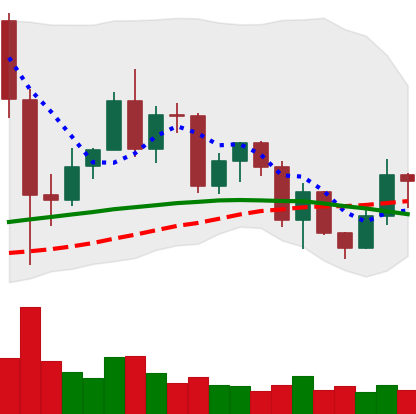
Ticker: LINK-USD
Chart end date: 2020-12-14
Forward return: 5.181%
Label: up_5_7